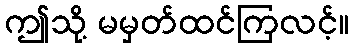
ဤသို့ မမှတ်ထင်ကြလင့်။